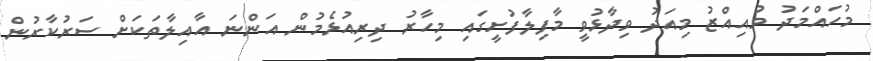
މުހައްމަދު މުއިއްޒު މިއަދު ވިދާޅުވީ މާފިލާފުށީގައި މިހާރު ދިރިއުޅެމުން އަންނަ އާއިލާތަކަށް ސަރުކާރުން